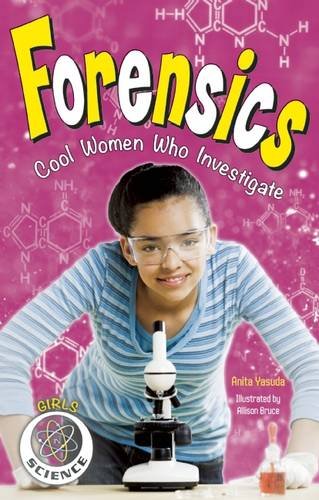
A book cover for Forensics: Cool Women Who Investigate (Girls in Science); Anita Yasuda; Children's Books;